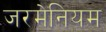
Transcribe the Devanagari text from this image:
जरमेनियम